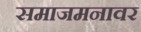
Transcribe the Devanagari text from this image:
समाजमनावर